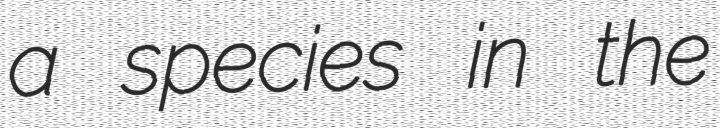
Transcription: a species in the